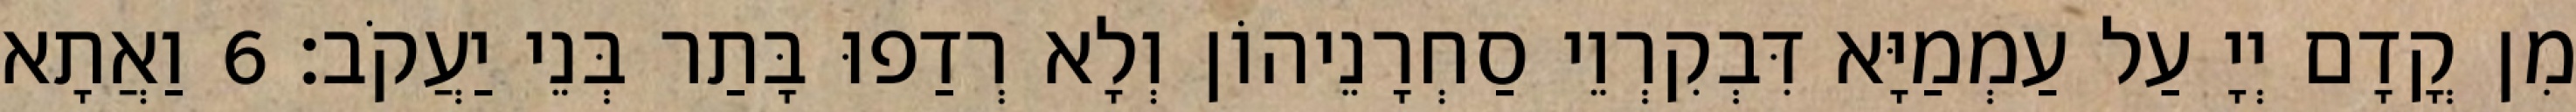
מִן קֳדָם יְיָ עַל עַמְמַיָּא דִּבְקִרְוֵי סַחְרָנֵיהוֹן וְלָא רְדַפוּ בָּתַר בְּנֵי יַעֲקֹב׃ 6 וַאֲתָא